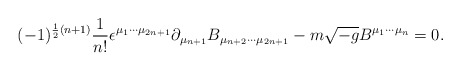
\begin{align*}(-1)^{\frac12(n+1)} {1 \over n!} \epsilon^{\mu_1 \cdots \mu_{2n+1}} \partial_{\mu_{n+1}} B_{\mu_{n+2} \cdots \mu_{2n+1}} - m \sqrt{-g} B^{\mu_1 \cdots \mu_n} = 0. \end{align*}